Problem: 3 - 2 = ?
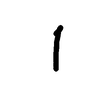
Handwritten answer: 1